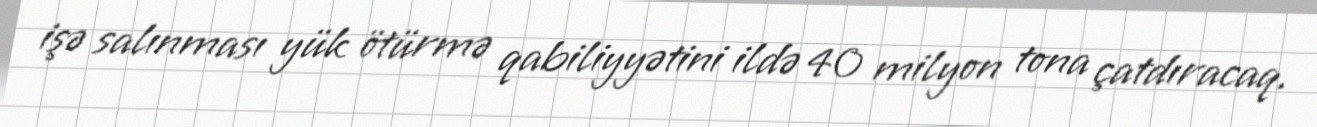
işə salınması yük ötürmə qabiliyyətini ildə 40 milyon tona çatdıracaq.